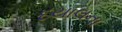
દયાલના